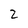
Character: 2